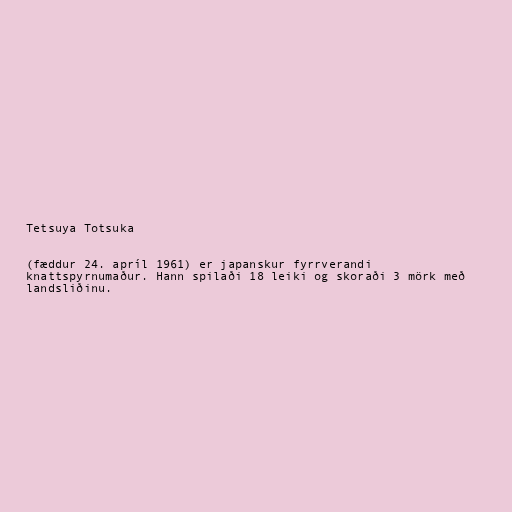
Tetsuya Totsuka

(fæddur 24. apríl 1961) er japanskur fyrrverandi
knattspyrnumaður. Hann spilaði 18 leiki og skoraði 3 mörk með
landsliðinu.